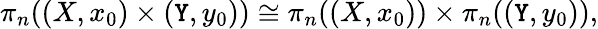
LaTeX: \pi_{n}((X,x_{0})\times(\mathtt{Y},y_{0}))\cong\pi_{n}((X,x_{0}))\times\pi_{n}((\mathtt{Y},y_{0})),